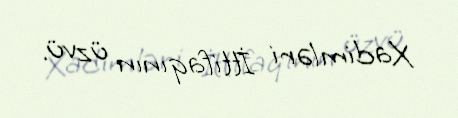
Xadimləri İttifaqının üzvü.